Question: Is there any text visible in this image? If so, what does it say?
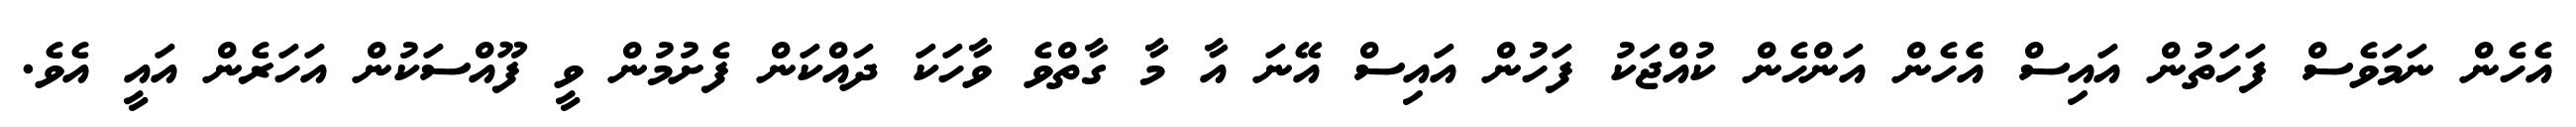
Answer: އެހެން ނަމަވެސް ފަހަތުން އައިސް އެެހެން އަންހެން ކުއްޖަކު ފަހުން އައިސް އޭނަ އާ މާ ގާތްވެ ވާހަކަ ދައްކަން ފެށުމުން ވީ ފޫއްސަކުން އަހަރެން އައީ އެވެ.